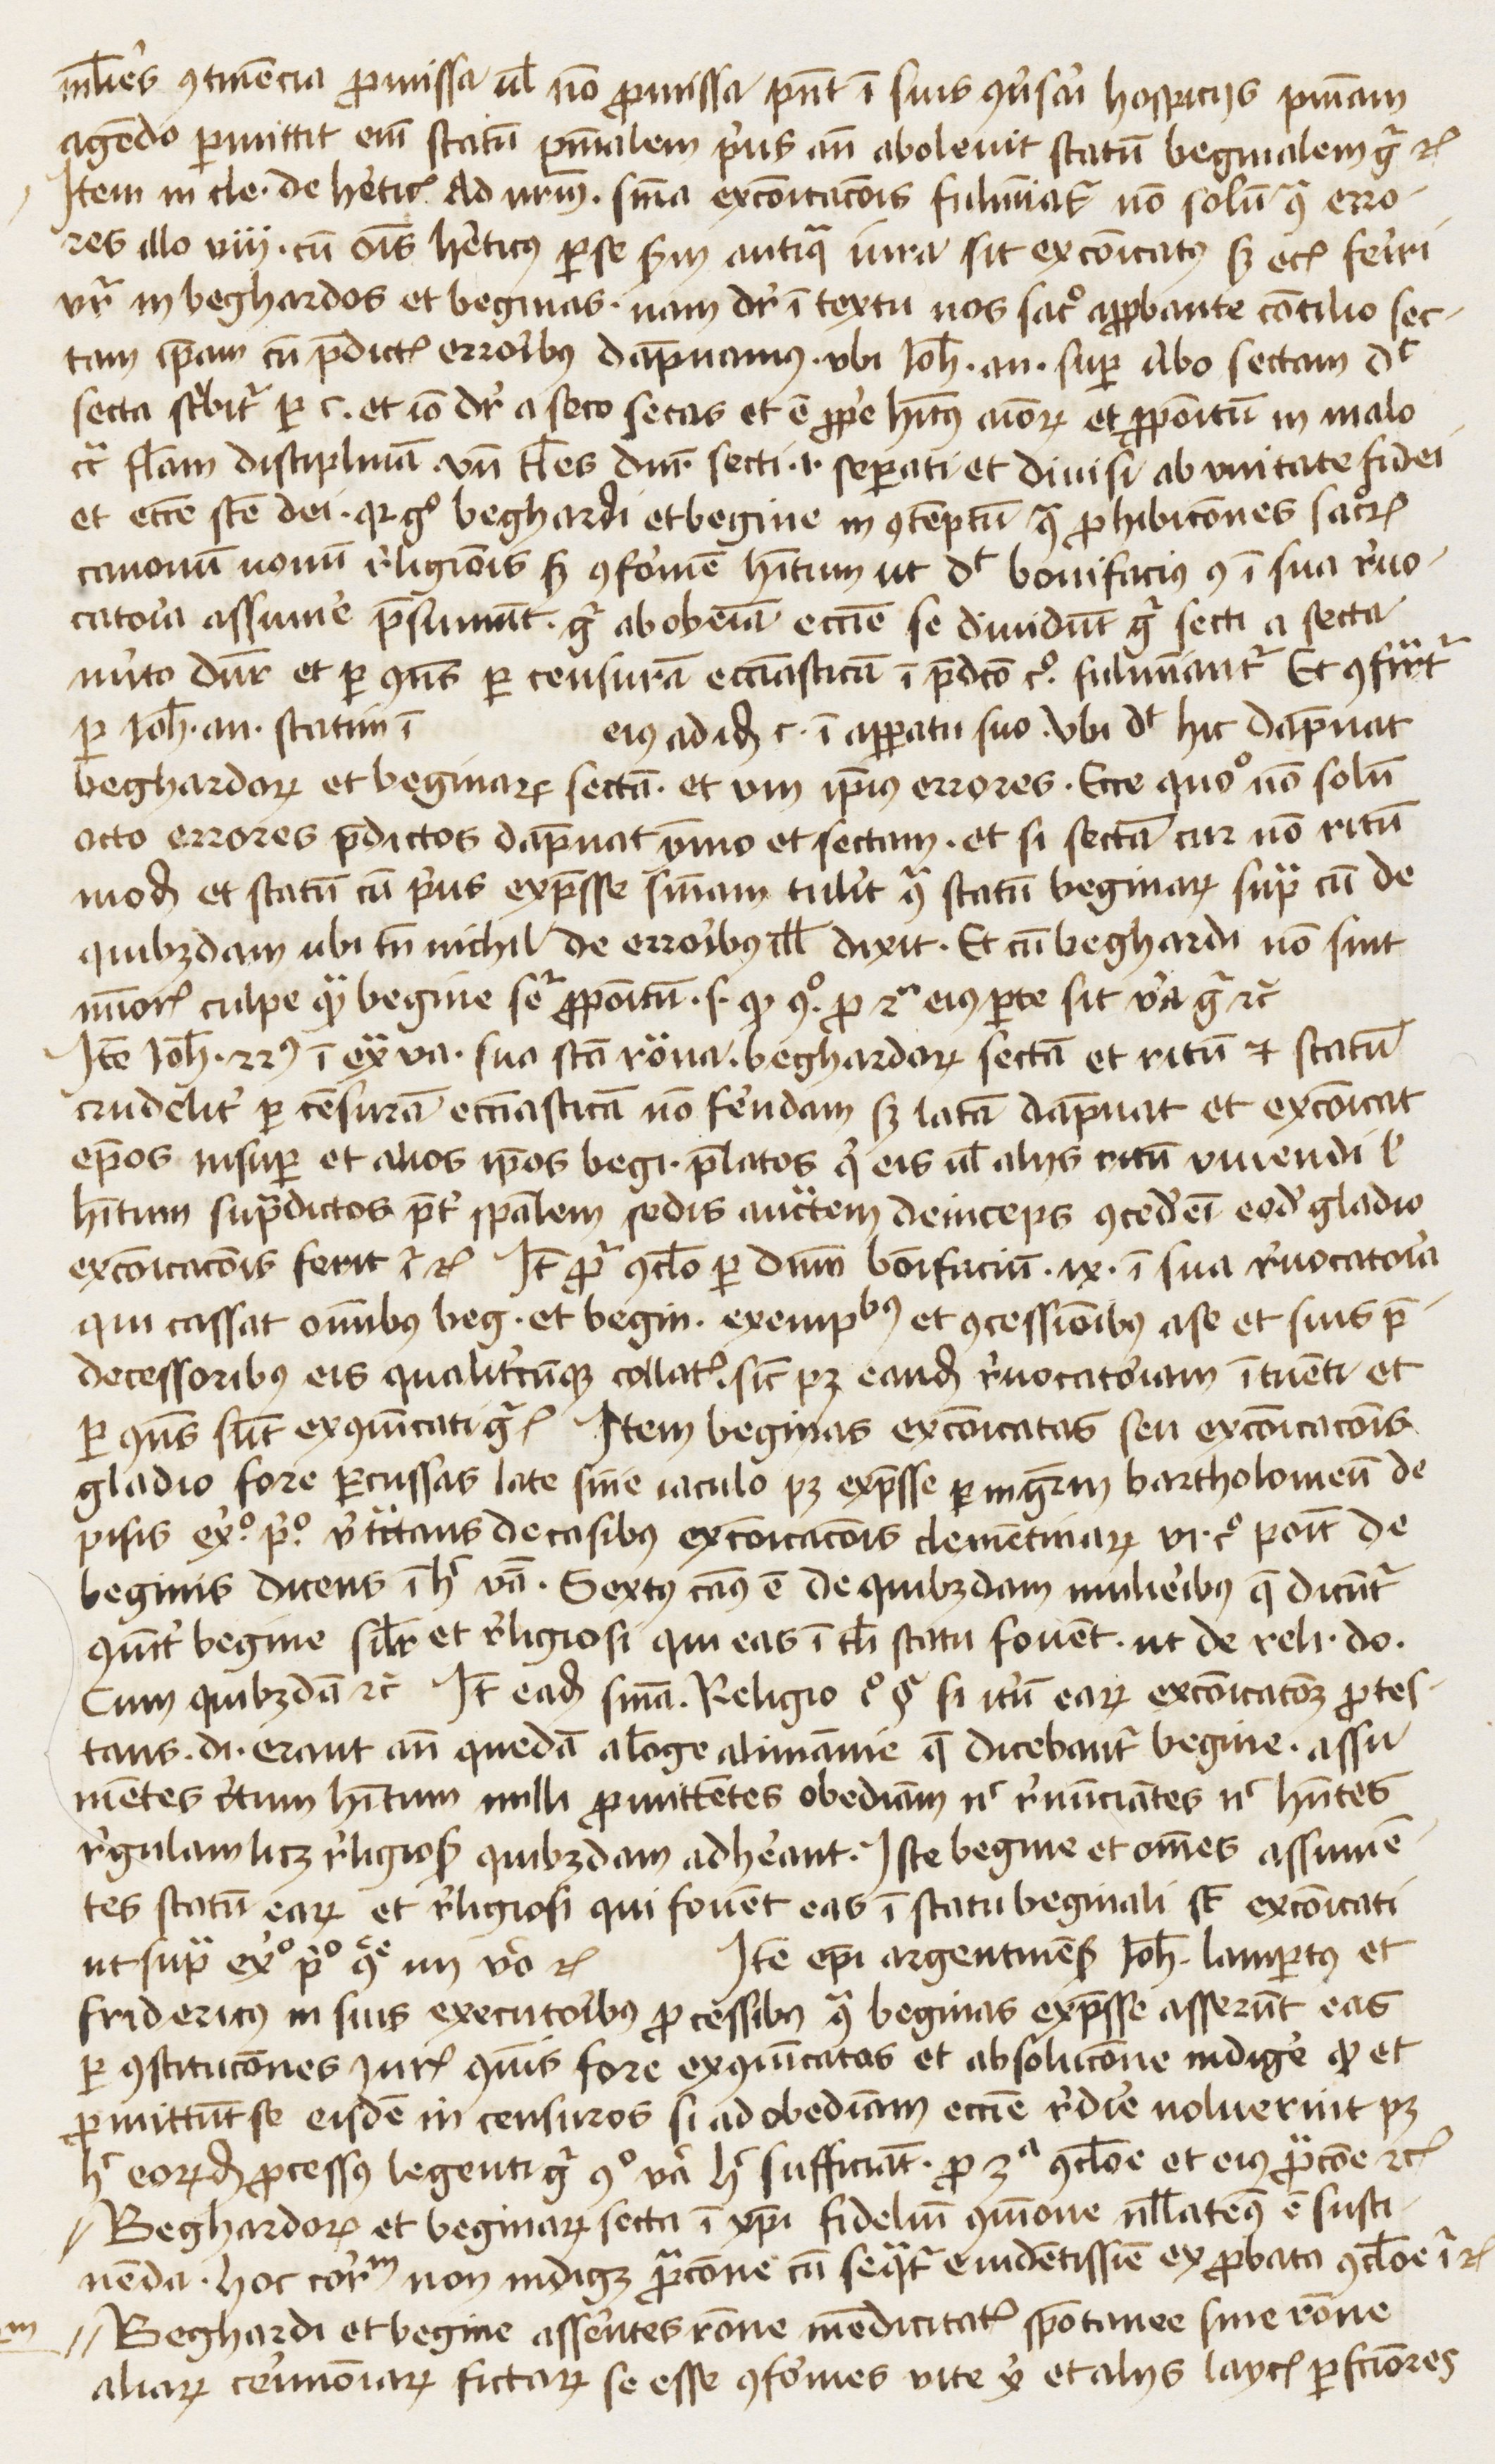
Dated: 1445–1474